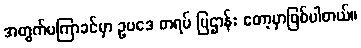
အတွက်မကြာခင်မှာ ဥပဒေ တရပ် ပြဌာန်း တော့မှာဖြစ်ပါတယ်။